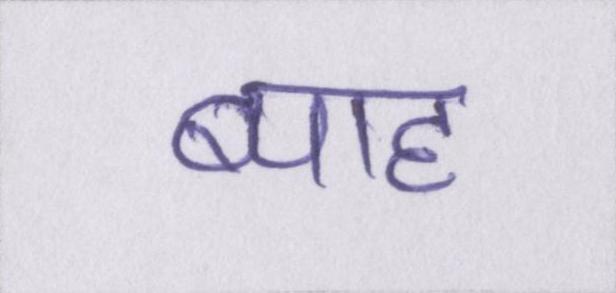
ब्याह